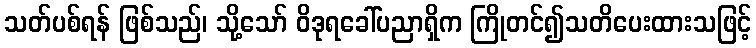
သတ်ပစ်ရန် ဖြစ်သည်၊ သို့သော် ဝိဒုရခေါ်ပညာရှိက ကြိုတင်၍သတိပေးထားသဖြင့်